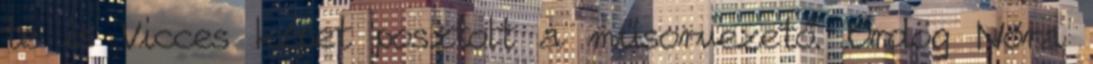
te is Vicces képet posztolt a műsorvezető. Ördög Nóra